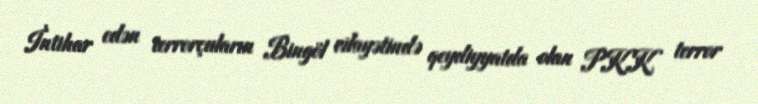
İntihar edən terrorçuların Bingöl vilayətində qeydiyyatda olan PKK terror